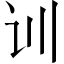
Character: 训